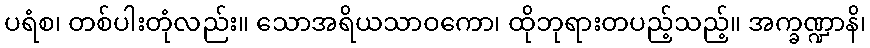
ပရံစ၊ တစ်ပါးတုံလည်း။ သောအရိယသာဝကော၊ ထိုဘုရားတပည့်သည့်။ အက္ခဏ္ဍာနိ၊